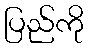
ပြည်ကို